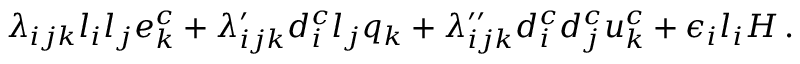
{ \lambda _ { i j k } l _ { i } l _ { j } e _ { k } ^ { c } + \lambda _ { i j k } ^ { \prime } d _ { i } ^ { c } l _ { j } q _ { k } + \lambda _ { i j k } ^ { \prime \prime } d _ { i } ^ { c } d _ { j } ^ { c } u _ { k } ^ { c } + \epsilon _ { i } l _ { i } H \, . }